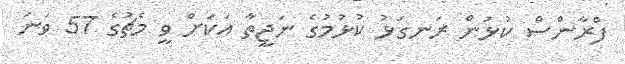
ފްރާންސް ކުޅުން ރަނގަޅު ކުޅުމުގެ ނަޖީތާ އަކަށް ވީ މެޗުގެ 57 ވަނަ